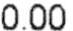
0.00